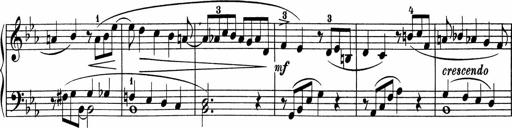
Title: 5 Sonatinen fÃ¼r die Jugend
Composer: Carl Reinecke